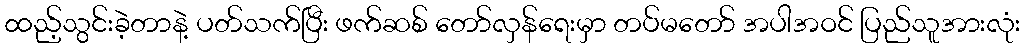
ထည့်သွင်းခဲ့တာနဲ့ ပတ်သက်ပြီး ဖက်ဆစ် တော်လှန်ရေးမှာ တပ်မတော် အပါအဝင် ပြည်သူအားလုံး